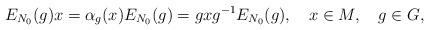
LaTeX: \begin{align*}E_{N_0}(g)x=\alpha_g(x)E_{N_0}(g)=gxg^{-1}E_{N_0}(g),\ \ \ x\in M,\ \ \ g\in G,\end{align*}